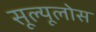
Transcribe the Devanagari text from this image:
सूल्यूलोस